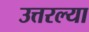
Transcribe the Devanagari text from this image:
उत्तरल्या